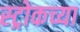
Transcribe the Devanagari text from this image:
स्ट्रोकच्या